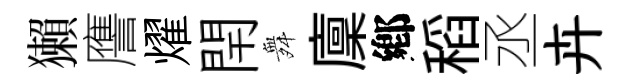
獺譍燿閈舞廩鄕稻丞卉